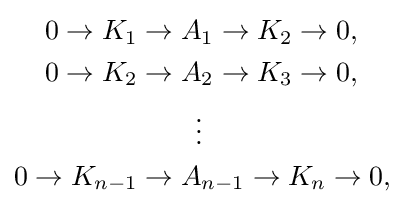
{\begin{aligned}0\rightarrow K_{1}\rightarrow {}&A_{1}\rightarrow K_{2}\rightarrow 0,\\0\rightarrow K_{2}\rightarrow {}&A_{2}\rightarrow K_{3}\rightarrow 0,\\&\ \,\vdots \\0\rightarrow K_{n-1}\rightarrow {}&A_{n-1}\rightarrow K_{n}\rightarrow 0,\\\end{aligned}}